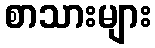
စာသားများ